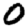
Digit: 0